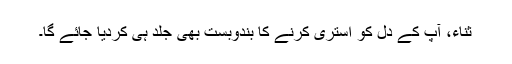
ثناء، آپ کے دل کو استری کرنے کا بندوبست بھی جلد ہی کردیا جائے گا۔